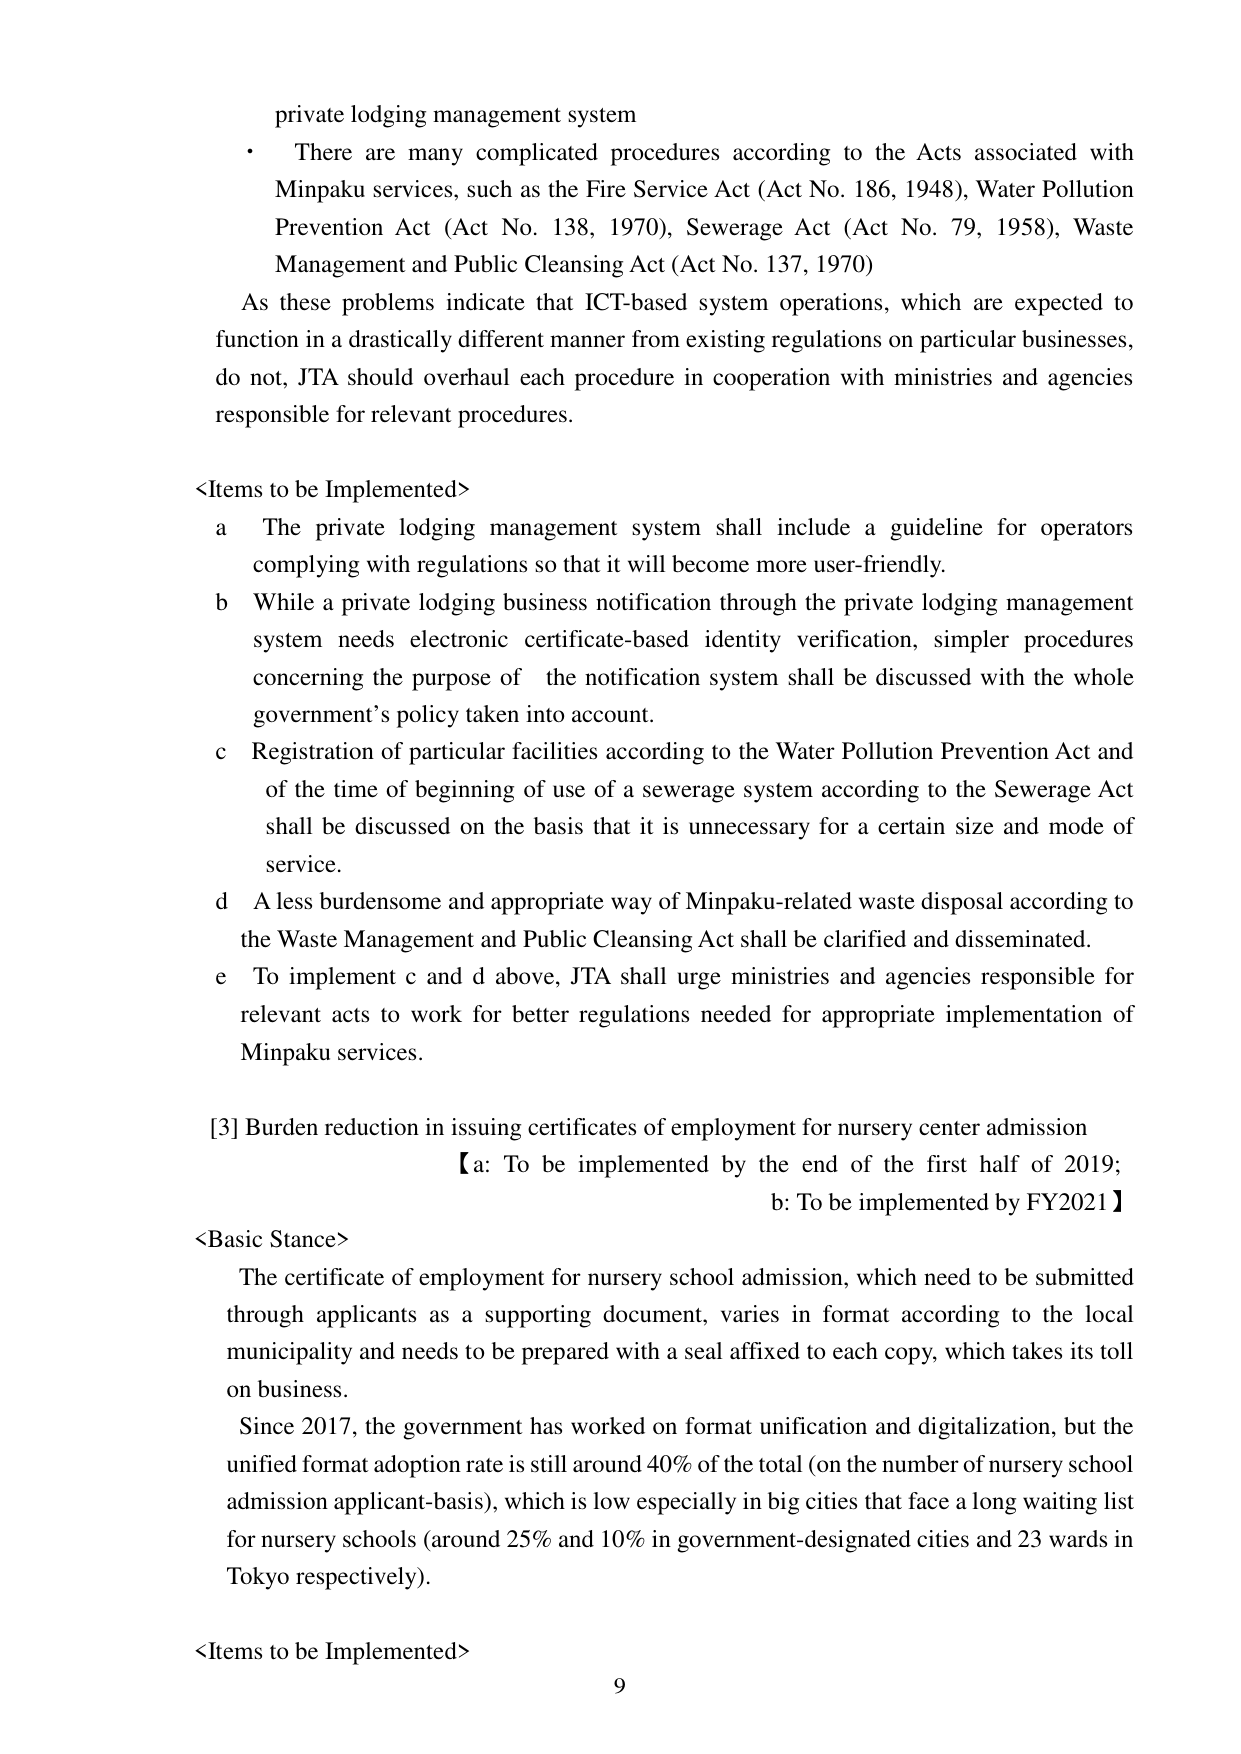
private lodging management system
• There are many complicated procedures according to the Acts associated with Minpaku services, such as the Fire Service Act (Act No. 186, 1948), Water Pollution Prevention Act (Act No. 138, 1970), Sewerage Act (Act No. 79, 1958), Waste Management and Public Cleansing Act (Act No. 137, 1970)
As these problems indicate that ICT-based system operations, which are expected to function in a drastically different manner from existing regulations on particular businesses, do not, JTA should overhaul each procedure in cooperation with ministries and agencies responsible for relevant procedures.

<Items to be Implemented>
a The private lodging management system shall include a guideline for operators complying with regulations so that it will become more user-friendly.
b While a private lodging business notification through the private lodging management system needs electronic certificate-based identity verification, simpler procedures concerning the purpose of the notification system shall be discussed with the whole government’s policy taken into account.
c Registration of particular facilities according to the Water Pollution Prevention Act and of the time of beginning of use of a sewerage system according to the Sewerage Act shall be discussed on the basis that it is unnecessary for a certain size and mode of service.
d A less burdensome and appropriate way of Minpaku-related waste disposal according to the Waste Management and Public Cleansing Act shall be clarified and disseminated.
e To implement c and d above, JTA shall urge ministries and agencies responsible for relevant acts to work for better regulations needed for appropriate implementation of Minpaku services.

[3] Burden reduction in issuing certificates of employment for nursery center admission
【a: To be implemented by the end of the first half of 2019; b: To be implemented by FY2021】

<Basic Stance>
The certificate of employment for nursery school admission, which need to be submitted through applicants as a supporting document, varies in format according to the local municipality and needs to be prepared with a seal affixed to each copy, which takes its toll on business.
Since 2017, the government has worked on format unification and digitalization, but the unified format adoption rate is still around 40% of the total (on the number of nursery school admission applicant-basis), which is low especially in big cities that face a long waiting list for nursery schools (around 25% and 10% in government-designated cities and 23 wards in Tokyo respectively).

<Items to be Implemented>
9